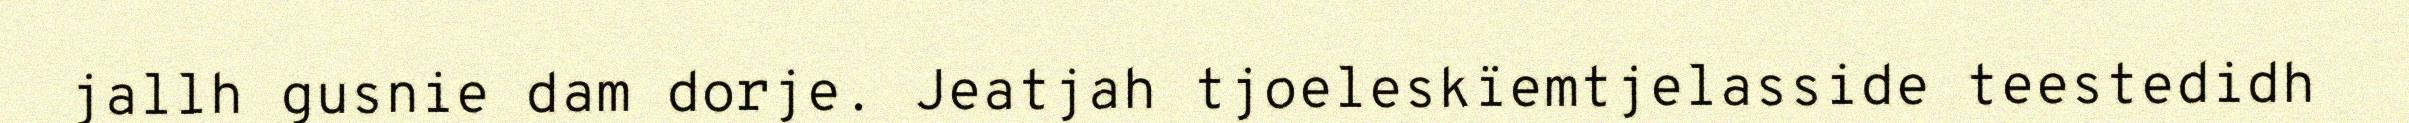
jallh gusnie dam dorje. Jeatjah tjoeleskïemtjelasside teestedidh